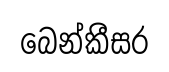
බෙන්කීසර